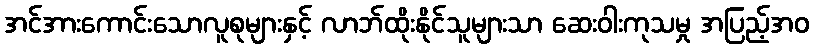
အင်အားကောင်းသောလူစုများနှင့် လာဘ်ထိုးနိုင်သူများသာ ဆေးဝါးကုသမှု အပြည့်အဝ